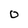
Character: O